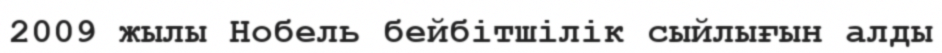
2009 жылы Нобель бейбітшілік сыйлығын алды